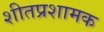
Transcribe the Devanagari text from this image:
शीतप्रशामक